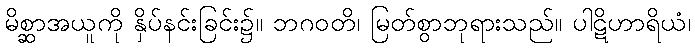
မိစ္ဆာအယူကို နှိပ်နင်းခြင်း၌။ ဘဂဝတိ၊ မြတ်စွာဘုရားသည်။ ပါဋိဟာရိယံ၊